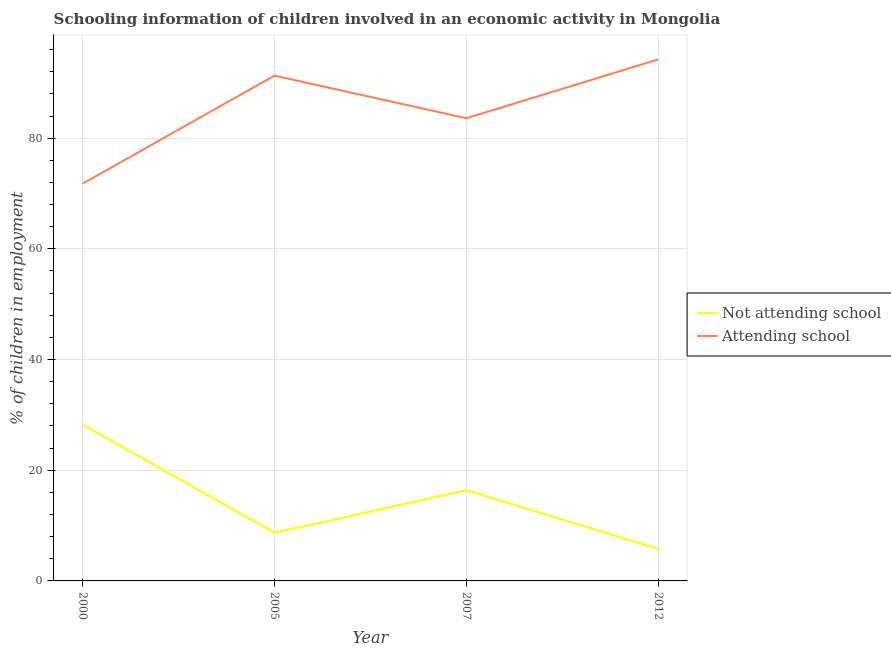
| Year | Not attending school | Attending school |
 | --- | --- | --- |
 | 2000 | 28.2 | 71.8 |
 | 2005 | 8.7 | 91.3 |
 | 2007 | 16.4 | 83.6 |
 | 2012 | 5.76 | 94.2 |